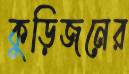
কুড়িজনের